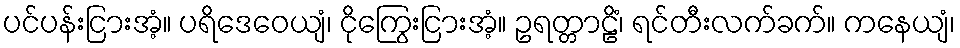
ပင်ပန်းငြားအံ့။ ပရိဒေဝေယျံ၊ ငိုကြွေးငြားအံ့။ ဥရတ္တာဠိံ၊ ရင်တီးလက်ခက်။ ကနေယျံ၊